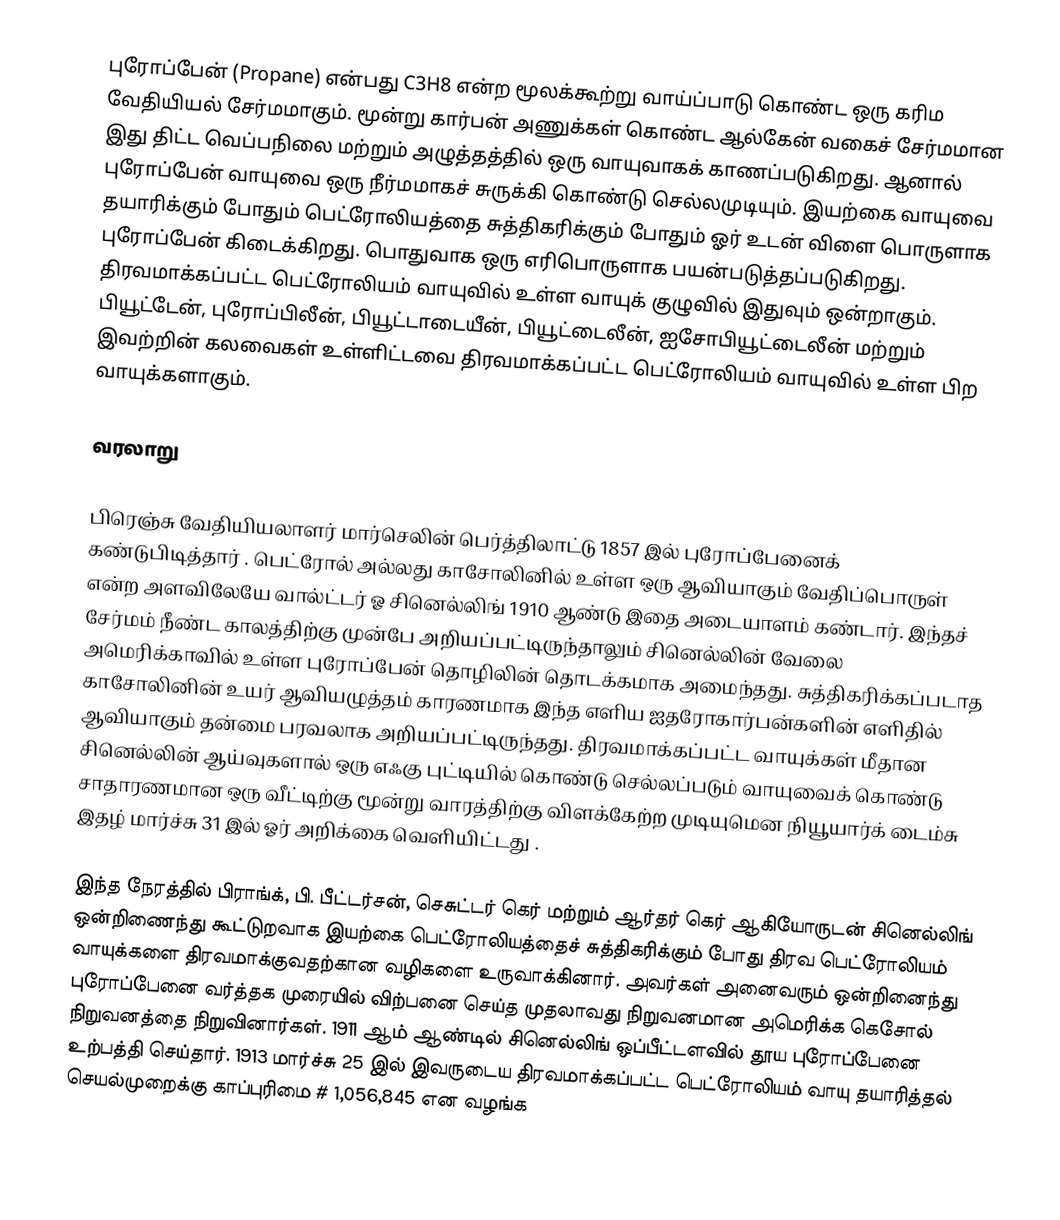
புரோப்பேன் (Propane) என்பது C3H8 என்ற மூலக்கூற்று வாய்ப்பாடு கொண்ட ஒரு கரிம வேதியியல் சேர்மமாகும். மூன்று கார்பன் அணுக்கள் கொண்ட ஆல்கேன் வகைச் சேர்மமான இது திட்ட வெப்பநிலை மற்றும் அழுத்தத்தில் ஒரு வாயுவாகக் காணப்படுகிறது. ஆனால் புரோப்பேன் வாயுவை ஒரு நீர்மமாகச் சுருக்கி கொண்டு செல்லமுடியும். இயற்கை வாயுவை தயாரிக்கும் போதும் பெட்ரோலியத்தை சுத்திகரிக்கும் போதும் ஓர் உடன் விளை பொருளாக புரோப்பேன் கிடைக்கிறது. பொதுவாக ஒரு எரிபொருளாக பயன்படுத்தப்படுகிறது. திரவமாக்கப்பட்ட பெட்ரோலியம் வாயுவில் உள்ள வாயுக் குழுவில்  இதுவும் ஒன்றாகும். பியூட்டேன், புரோப்பிலீன், பியூட்டாடையீன், பியூட்டைலீன், ஐசோபியூட்டைலீன் மற்றும் இவற்றின் கலவைகள் உள்ளிட்டவை திரவமாக்கப்பட்ட பெட்ரோலியம் வாயுவில் உள்ள பிற வாயுக்களாகும்.

வரலாறு

பிரெஞ்சு வேதியியலாளர் மார்செலின் பெர்த்திலாட்டு 1857 இல் புரோப்பேனைக் கண்டுபிடித்தார் . பெட்ரோல் அல்லது காசோலினில் உள்ள ஒரு ஆவியாகும் வேதிப்பொருள் என்ற அளவிலேயே வால்ட்டர் ஓ சினெல்லிங் 1910 ஆண்டு இதை அடையாளம் கண்டார். இந்தச் சேர்மம் நீண்ட காலத்திற்கு முன்பே அறியப்பட்டிருந்தாலும் சினெல்லின் வேலை அமெரிக்காவில் உள்ள புரோப்பேன் தொழிலின் தொடக்கமாக அமைந்தது. சுத்திகரிக்கப்படாத காசோலினின் உயர் ஆவியழுத்தம் காரணமாக இந்த எளிய ஐதரோகார்பன்களின் எளிதில் ஆவியாகும் தன்மை பரவலாக அறியப்பட்டிருந்தது.  திரவமாக்கப்பட்ட வாயுக்கள் மீதான சினெல்லின் ஆய்வுகளால் ஒரு எஃகு புட்டியில் கொண்டு செல்லப்படும் வாயுவைக் கொண்டு சாதாரணமான ஒரு வீட்டிற்கு மூன்று வாரத்திற்கு விளக்கேற்ற முடியுமென நியூயார்க் டைம்சு இதழ் மார்ச்சு 31 இல் ஓர் அறிக்கை வெளியிட்டது .

இந்த நேரத்தில் பிராங்க்,  பி. பீட்டர்சன், செசுட்டர் கெர் மற்றும் ஆர்தர் கெர் ஆகியோருடன் சினெல்லிங் ஒன்றிணைந்து கூட்டுறவாக இயற்கை பெட்ரோலியத்தைச் சுத்திகரிக்கும் போது திரவ பெட்ரோலியம் வாயுக்களை திரவமாக்குவதற்கான வழிகளை உருவாக்கினார்.  அவர்கள் அனைவரும் ஒன்றினைந்து  புரோப்பேனை வர்த்தக முரையில் விற்பனை செய்த முதலாவது நிறுவனமான அமெரிக்க கெசோல் நிறுவனத்தை நிறுவினார்கள். 1911 ஆம் ஆண்டில் சினெல்லிங் ஒப்பீட்டளவில் தூய புரோப்பேனை உற்பத்தி செய்தார். 1913 மார்ச்சு 25 இல் இவருடைய திரவமாக்கப்பட்ட பெட்ரோலியம் வாயு தயாரித்தல் செயல்முறைக்கு காப்புரிமை # 1,056,845 என வழங்க